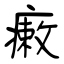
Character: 瘷